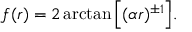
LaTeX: f ( r ) = 2 \arctan { \Bigl [ ( \alpha r ) ^ { \pm 1 } \Bigr ] } .